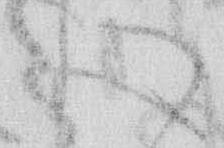
心